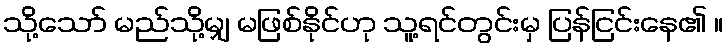
သို့သော် မည်သို့မျှ မဖြစ်နိုင်ဟု သူ့ရင်တွင်းမှ ပြန်ငြင်းနေ၏ ။